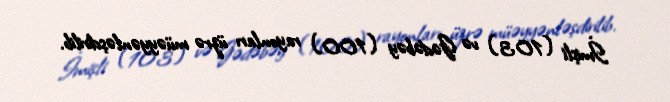
İmişli (103) və Gədəbəy (100) rayonları üzrə müəyyənləşdirilib.